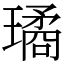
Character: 璚